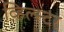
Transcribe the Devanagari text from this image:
व्हिल्स्टर